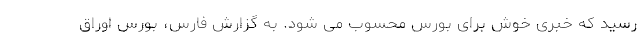
رسید که خبری خوش برای بورس محسوب می شود. به گزارش فارس، ‌بورس اوراق